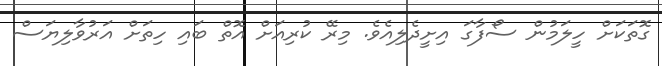
ގޮތަކަށް ހީލަމުން ސޯފާގަ އިށީދެލިއެވެ. މިރޭ ކުރިއަށް އޮތް ބައި ހިތަށް އަރުވާލިޔަސް